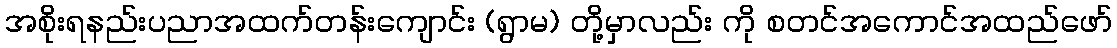
အစိုးရနည်းပညာအထက်တန်းကျောင်း (ရွာမ) တို့မှာလည်း ကို စတင်အကောင်အထည်ဖော်